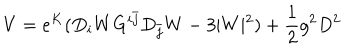
V = e ^ { K } ( D _ { i } W G ^ { i \bar { j } } D _ { \bar { j } } W - 3 \vert W \vert ^ { 2 } ) + { \frac { 1 } { 2 } } g ^ { 2 } D ^ { 2 }